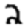
Digit: 2